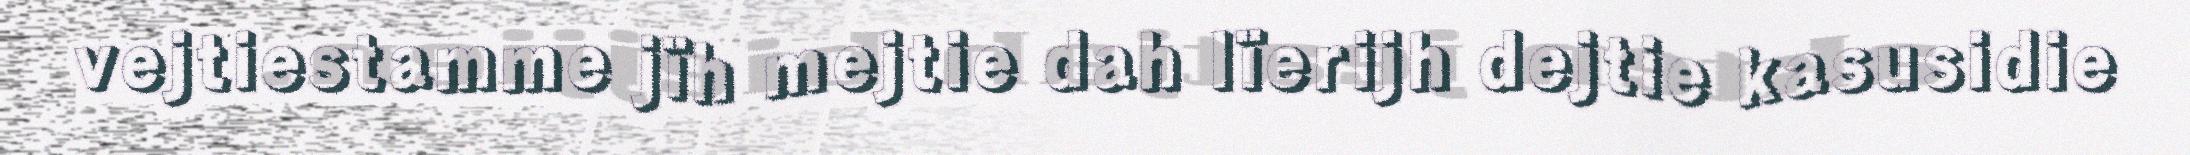
vejtiestamme jïh mejtie dah lïerijh dejtie kasusidie